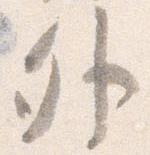
外